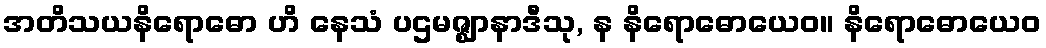
အတိသယနိရောဓော ဟိ နေသံ ပဌမဇ္ဈာနာဒီသု, န နိရောဓောယေဝ။ နိရောဓောယေဝ